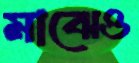
মাঝেও